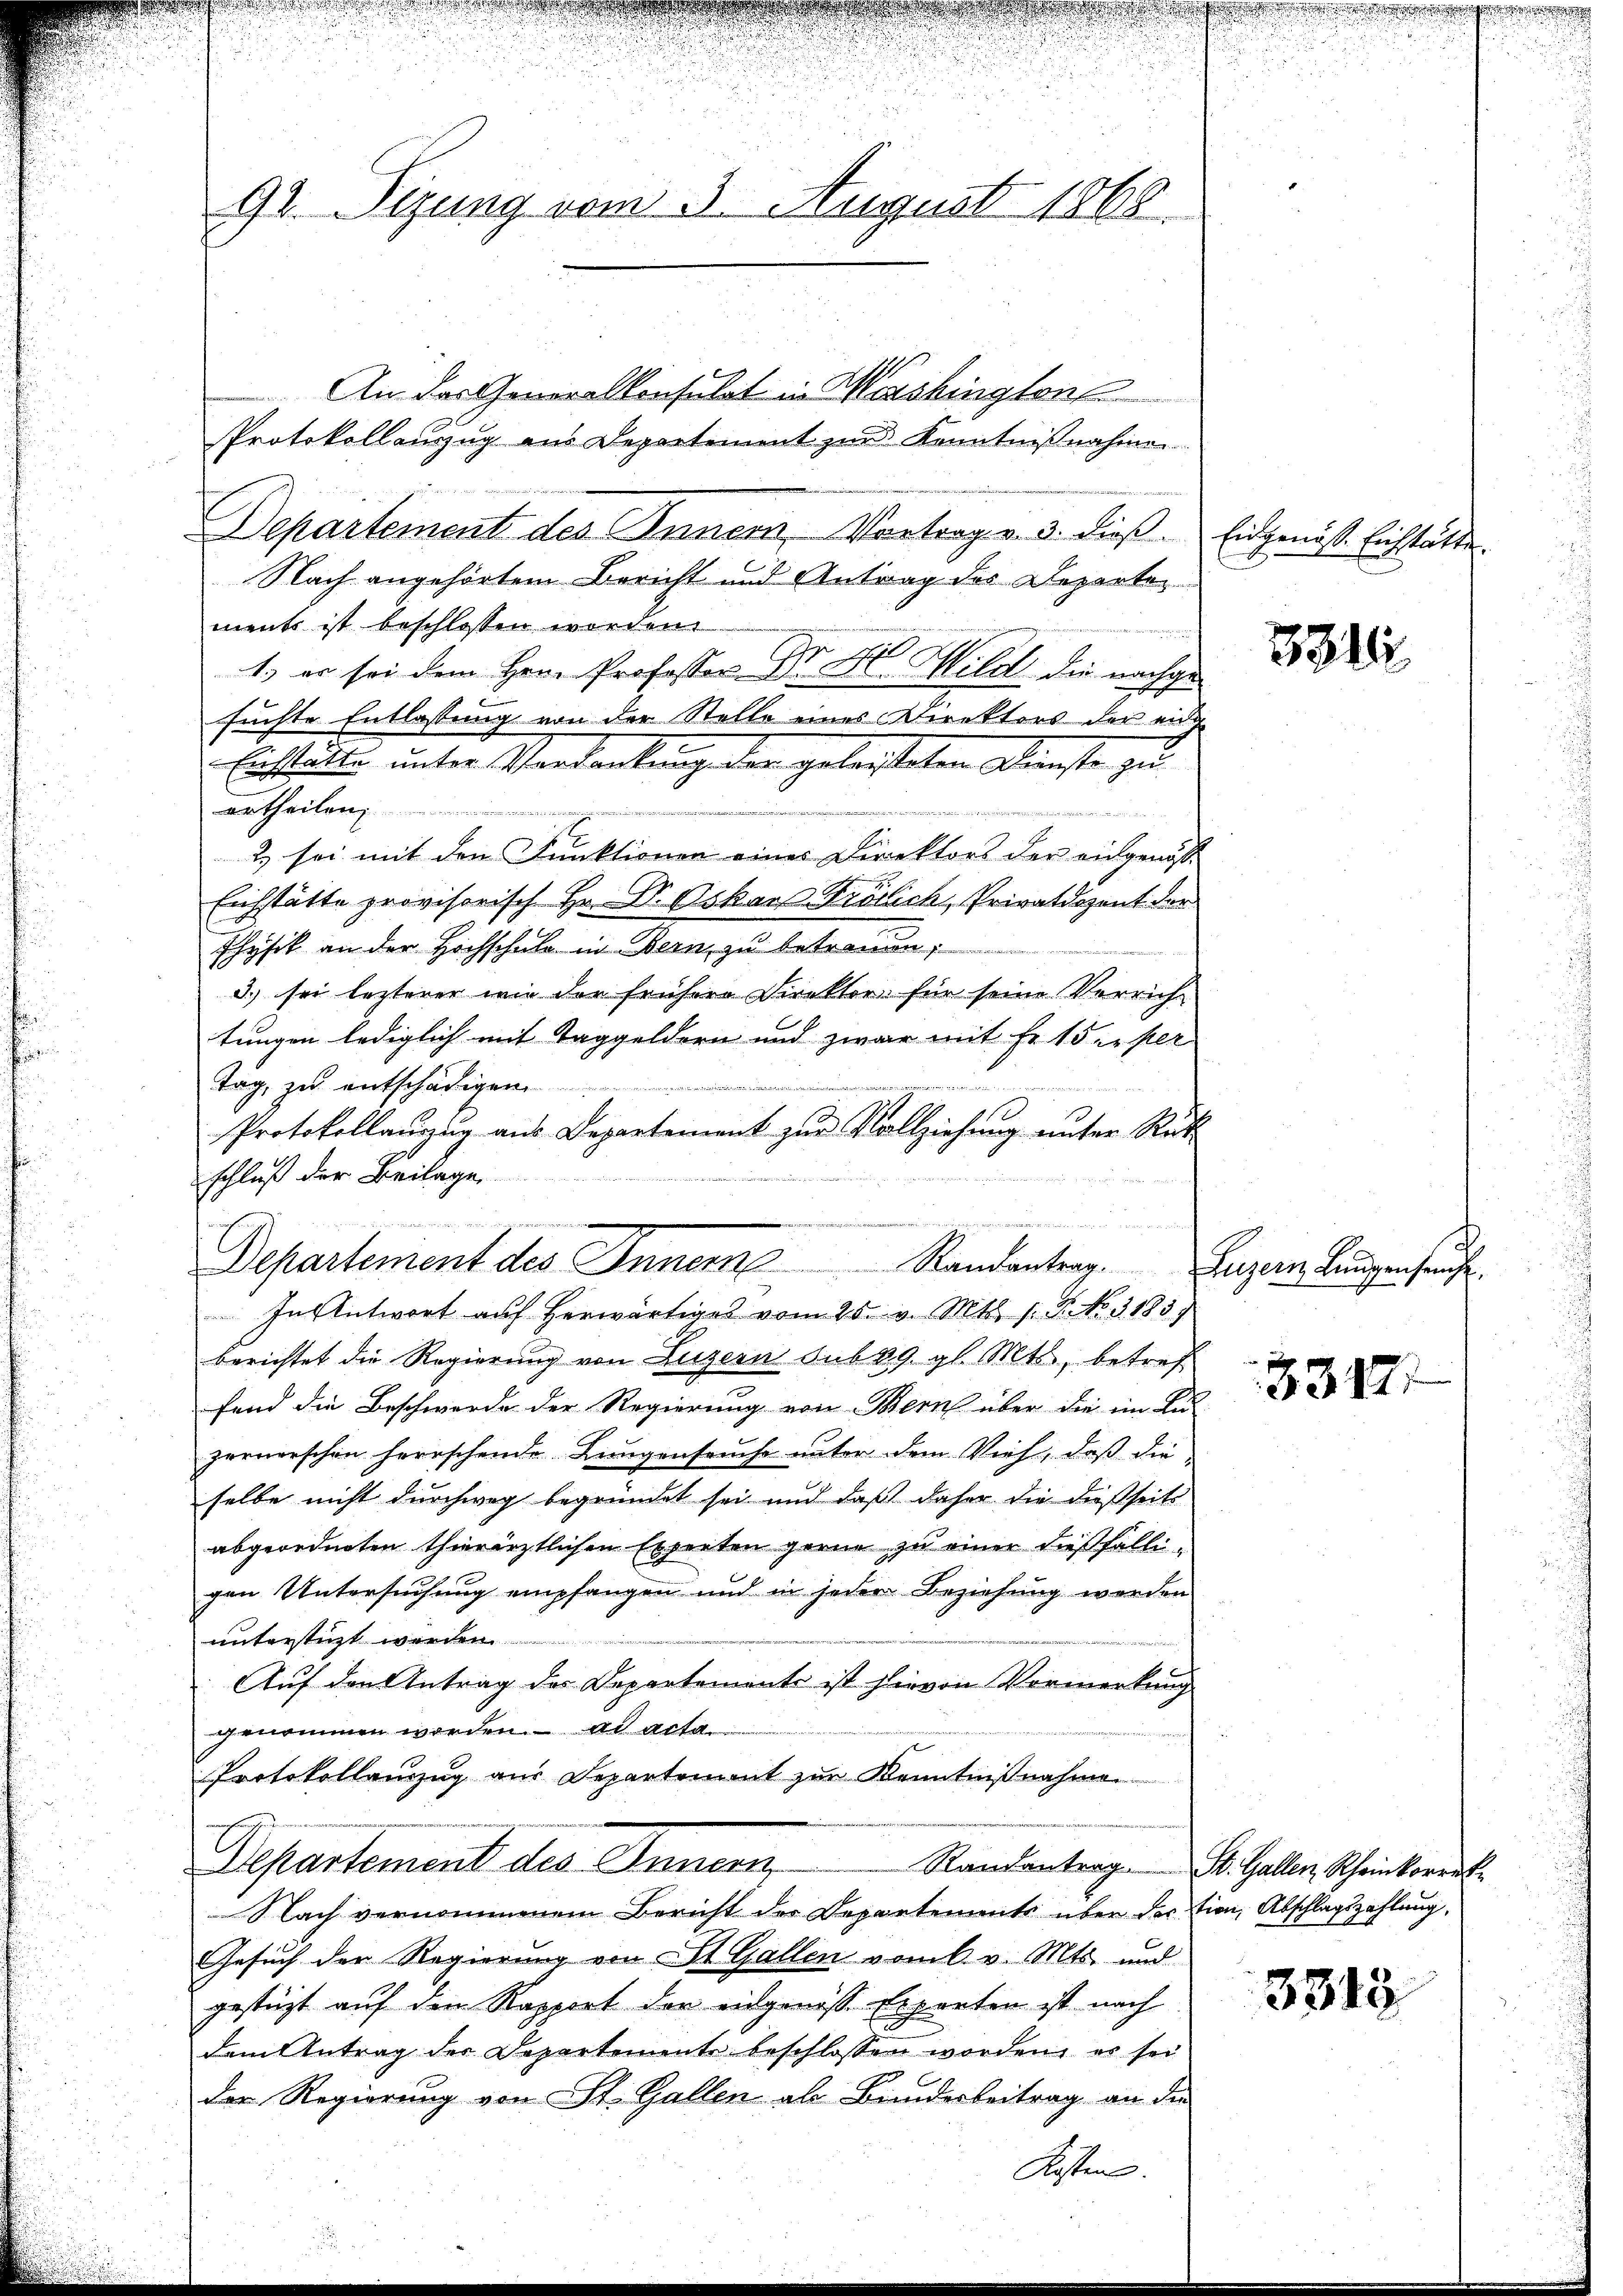
92. Sizung vom 3. August 1868.

An das Generalkonsulat in Washington
Protokollanzug aus Departement zur Kenntnißnahme

Departement des Innern, Vortrag v. 3. dieß.
Nach angehörtem Bericht und Antrag des Departements ist beschlossen worden.
1. er sei dem Hrn. Professor Dr. H. Wild die nachgefrühte Entlassung von der Stelle eines Direktors der einde
Enstand unter Verdankung der geleisteten Dienste zu
ertheilen;

2) sei mit den Funktionen eines Direktors der eingenosse
Eichstätte provisorisch Hr. Dr. Oskar-Krölich, Privatdozent der
Physik an der Hochschule in Bern, zu betreuen,
3) sei lezterer wie der frühere Direktor für seine Verrichtungen lediglich mit Taggeldern und zwar mit Fr. 15. per
Tag, zu entschädigen.
Protokollauzug aus Departement zur Vollziehung unter Rückschluß der Beilage
e
n
Departement des Innern Randantrag. Luzern Lungensache.
In Antwort aŭf herwärtiges vom 28. v. Mts. s. S. No. 3183)
berichtet die Regierung von Luzern sub 19. gl. Mts., betref
fend die Beschwerde der Regierung von Bern über die im Lu-
zernerschon herrschende Lungenseuche unter dem Vieh, daß die
selbe nicht durchweg begründet sei und daß daher die dießseits
abgeordneten thierärztlichen Experten gerne zu einer dießfälligen Untersuchung empfangen und in jeder Beziehung werden
unterstüzt werden.
Auf den Antrag des Departement ist hievon Vormerkung
genommen worden. ad acta
Protokollauszug aus Departement zur Kenntnißnahme
Departement des Gemein
Nach vernommenem Bericht der Departements über der tien, Abschlagszahlung,
Gesuch der Regierung von St. Gallen vom 6. v. Mts. und
gestüzt auf dem Rapport der eidgenösse Experten ist nach
dem Antrag der Departemente beschlossen worden, es sei
der Regierung von St. Gallen als Bunderbeitrag an die

Kosten.

Eidgenöss. Eichstätte.

3318.

33471

Randantrag. St. Gallen, Rheinkorrek¬

3313

e